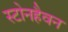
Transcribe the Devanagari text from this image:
स्टोनहैवन